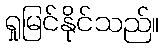
ရှုမြင်နိုင်သည်။